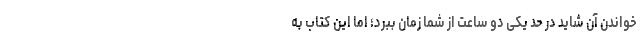
خواندن آن شاید در حد یکی دو ساعت از شما زمان ببرد؛ اما این کتاب به